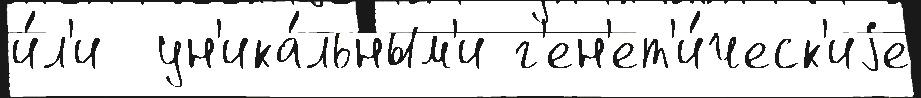
и́л'и  ун'ика́льным'и г'ен'ет'и́ческ'иjе